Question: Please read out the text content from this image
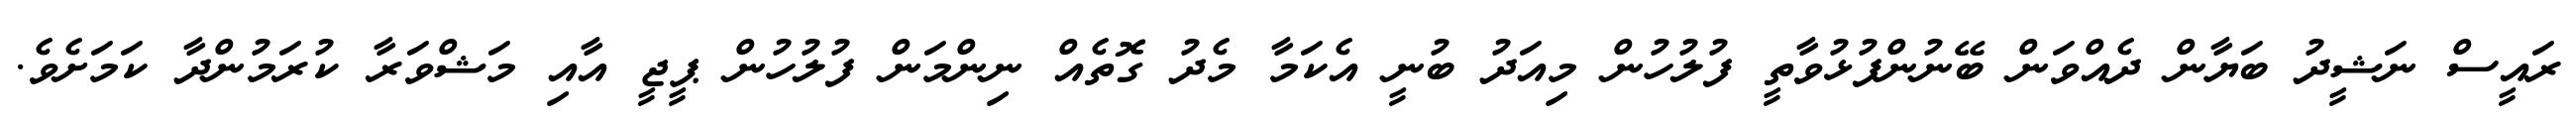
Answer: ރައީސް ނަޝީދު ބަޔާން ދެއްވަން ބޭނުންފުޅުވާތީ ފުލުހުން މިއަދު ބުނީ އެކަމާ މެދު ގޮތެއް ނިންމަން ފުލުހުން ޕީޖީ އާއި މަޝްވަރާ ކުރަމުންދާ ކަމަށެވެ.